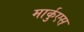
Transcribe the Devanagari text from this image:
मार्कुएस